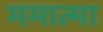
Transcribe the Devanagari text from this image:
ममात्मा